Report on sanitation, dispensaries, and jails in Rajputana for 1910, and on vaccination for the year 1910-1911 - 1910-1911
Year: 1910
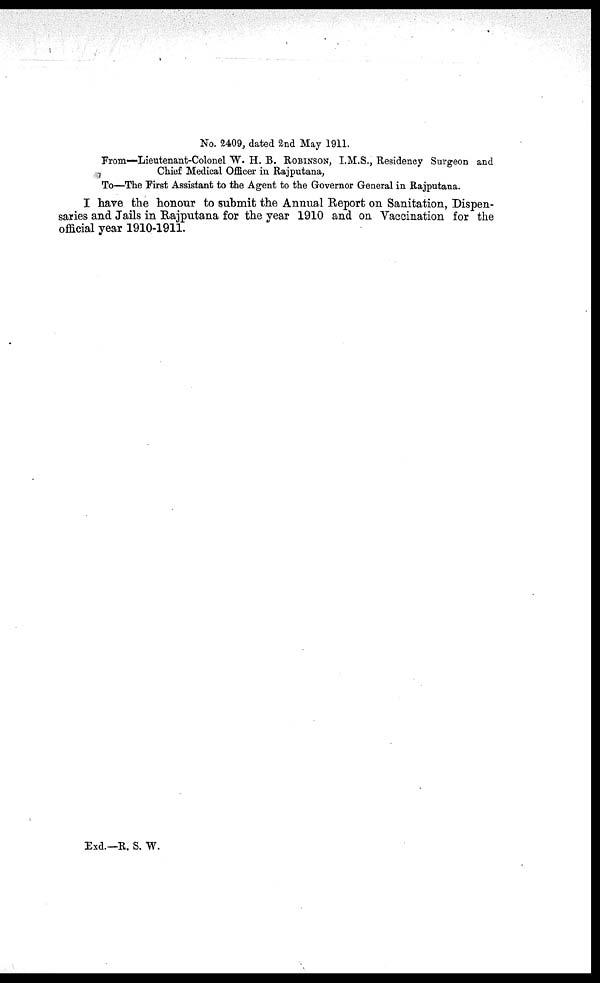
No. 2409, dated 2nd May 1911.
From—Lieutenant-Colonel W. H. B. ROBINSON, I.M.S., Residency Surgeon and
Chief Medical Officer in Rajputana,
To—The First Assistant to the Agent to the Governor General in Rajputana.
I have the honour to submit the Annual Report on Sanitation, Dispen-
saries and Jails in Rajputana for the year 1910 and on Vaccination for the
official year 1910-1911.
Exd.—R. S. W.